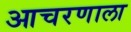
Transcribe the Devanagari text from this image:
आचरणाला